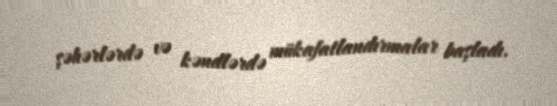
şəhərlərdə və kəndlərdə mükafatlandırmalar başladı.